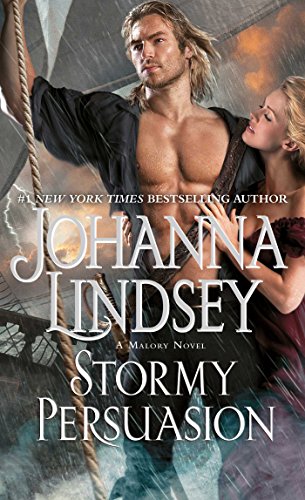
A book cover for Stormy Persuasion: A Malory Novel (The Malory-Anderson Family); Johanna Lindsey; Romance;